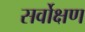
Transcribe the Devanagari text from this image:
सर्वोक्षण